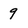
Character: 9